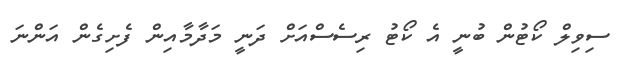
ސިވިލް ކޯޓުން ބުނީ އެ ކޯޓު ރިސެސްއަށް ދަނީ މަދާމާއިން ފެށިގެން އަންނަ